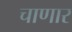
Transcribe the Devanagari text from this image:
चाणार